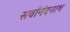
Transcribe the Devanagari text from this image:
सर्वानंदनाथ